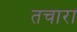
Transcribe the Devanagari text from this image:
तचारा